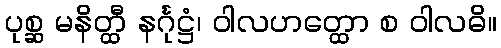
ပုစ္ဆ မနိတ္ထီ နင်္ဂုဋ္ဌံ၊ ဝါလဟတ္ထော စ ဝါလဓိ။